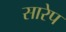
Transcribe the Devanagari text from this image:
सारेप